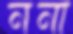
ননা